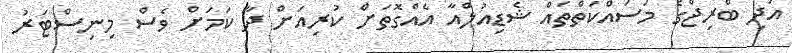
އަދި ބްރިޖްގެ މަސައްކަތްތައް ޝެޑިއުލްއާ އެއްގޮތަށް ކުރިއަށް ދާ ކަމަށް ވެސް މިނިސްޓަރު